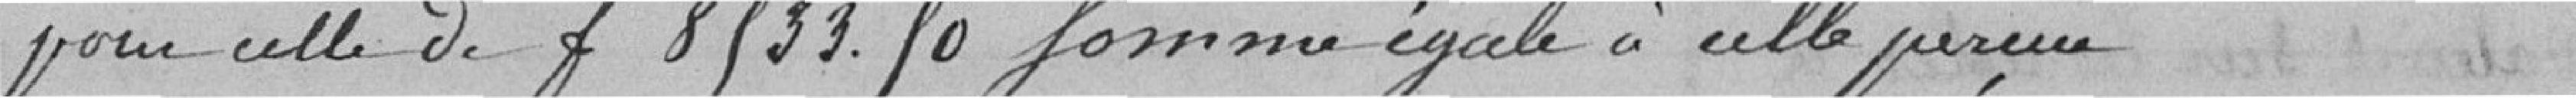
pour celle de francs 8 533,50, somme égale à celle perçue